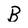
Character: B